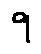
9